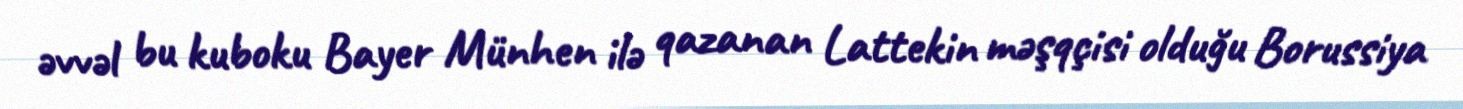
əvvəl bu kuboku Bayer Münhen ilə qazanan Lattekin məşqçisi olduğu Borussiya